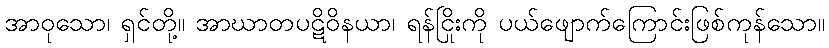
အာဝုသော၊ ရှင်တို့။ အာဃာတပဋိဝိနယာ၊ ရန်ငြိုးကို ပယ်ဖျောက်ကြောင်းဖြစ်ကုန်သော။